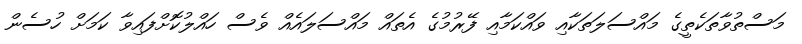
މަސްތުވާތަކެތީގެ މައްސަލަތަކާއި ވައްކަމާއި ފޭރުމުގެ އެތައް މައްސަލައެއް ވެސް ހައްލުކޮށްފައިވާ ކަމަށް ހުސެން